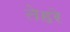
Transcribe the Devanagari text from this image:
तेहरे